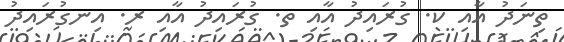
ތިނަދު އާއި ކ. ގުރައިދު އާއި ތ. ގުރައިދު އާއި ރ. އިނގުރައިދު